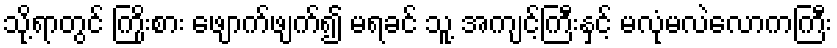
သို့ရာတွင် ကြိုးစား ဖျောက်ဖျက်၍ မရခင် သူ့ အကျင့်ကြီးနှင့် မလုံမလဲလောကကြီး